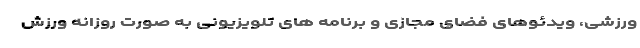
ورزشی، ویدئوهای فضای مجازی و برنامه های تلویزیونی به صورت روزانه ورزش